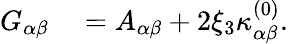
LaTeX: \begin{array}{rl}{{G}_{\alpha\beta}}&{{}={A}_{\alpha\beta}+2\xi_{3}{\kappa}_{\alpha\beta}^{(0)}.}\end{array}